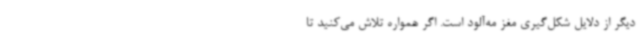
دیگر از دلایل شکل‌گیری مغز مه‌آلود است. اگر همواره تلاش می‌کنید تا